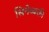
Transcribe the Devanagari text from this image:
सिनेव्यक्ती